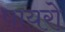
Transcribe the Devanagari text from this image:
पायरो